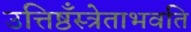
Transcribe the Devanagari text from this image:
उत्तिष्ठँस्त्रेताभवति